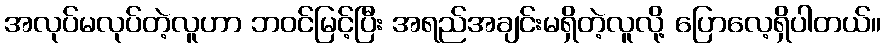
အလုပ်မလုပ်တဲ့လူဟာ ဘဝင်မြင့်ပြီး အရည်အချင်းမရှိတဲ့လူလို့ ပြောလေ့ရှိပါတယ်။